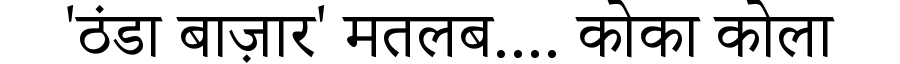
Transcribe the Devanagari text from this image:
'ठंडा बाज़ार' मतलब.... कोका कोला